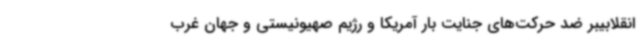
انقلابیبر ضد حرکت‌های جنایت بار آمریکا و رژیم صهیونیستی و جهان غرب